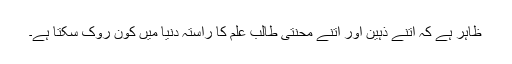
ظاہر ہے کہ اتنے ذہین اور اتنے محنتی طالب علم کا راستہ دنیا میں کون روک سکتا ہے۔